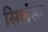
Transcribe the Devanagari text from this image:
सिलंडर